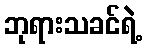
ဘုရားသခင်ရဲ့